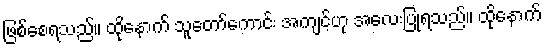
ဖြစ်စေရသည်။ ထိုနောက် သူတော်ကောင်း အကျင့်ဟု အလေးပြုရသည်။ ထိုနောက်